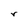
Character: r